画像に写った文字を読んでください
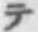
「テ」と書いてあります